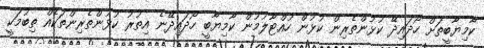
ކާމިޔާބީތަށް ހޯދައިދޭ ކުޅުންތެރިން ކުޅުން ހުއްޓާލުމުން ކާމިޔާބީ ހޯދައިދޭނެ އިތުރު ކުޅުންތެރިންތަކެއް ތިބުމަކީ